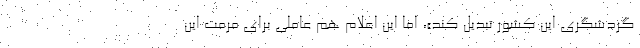
گردشگری این کشور تبدیل کند»، اما این اعلام هم عاملی برای مرمت این